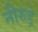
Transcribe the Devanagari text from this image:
नीरुड़े